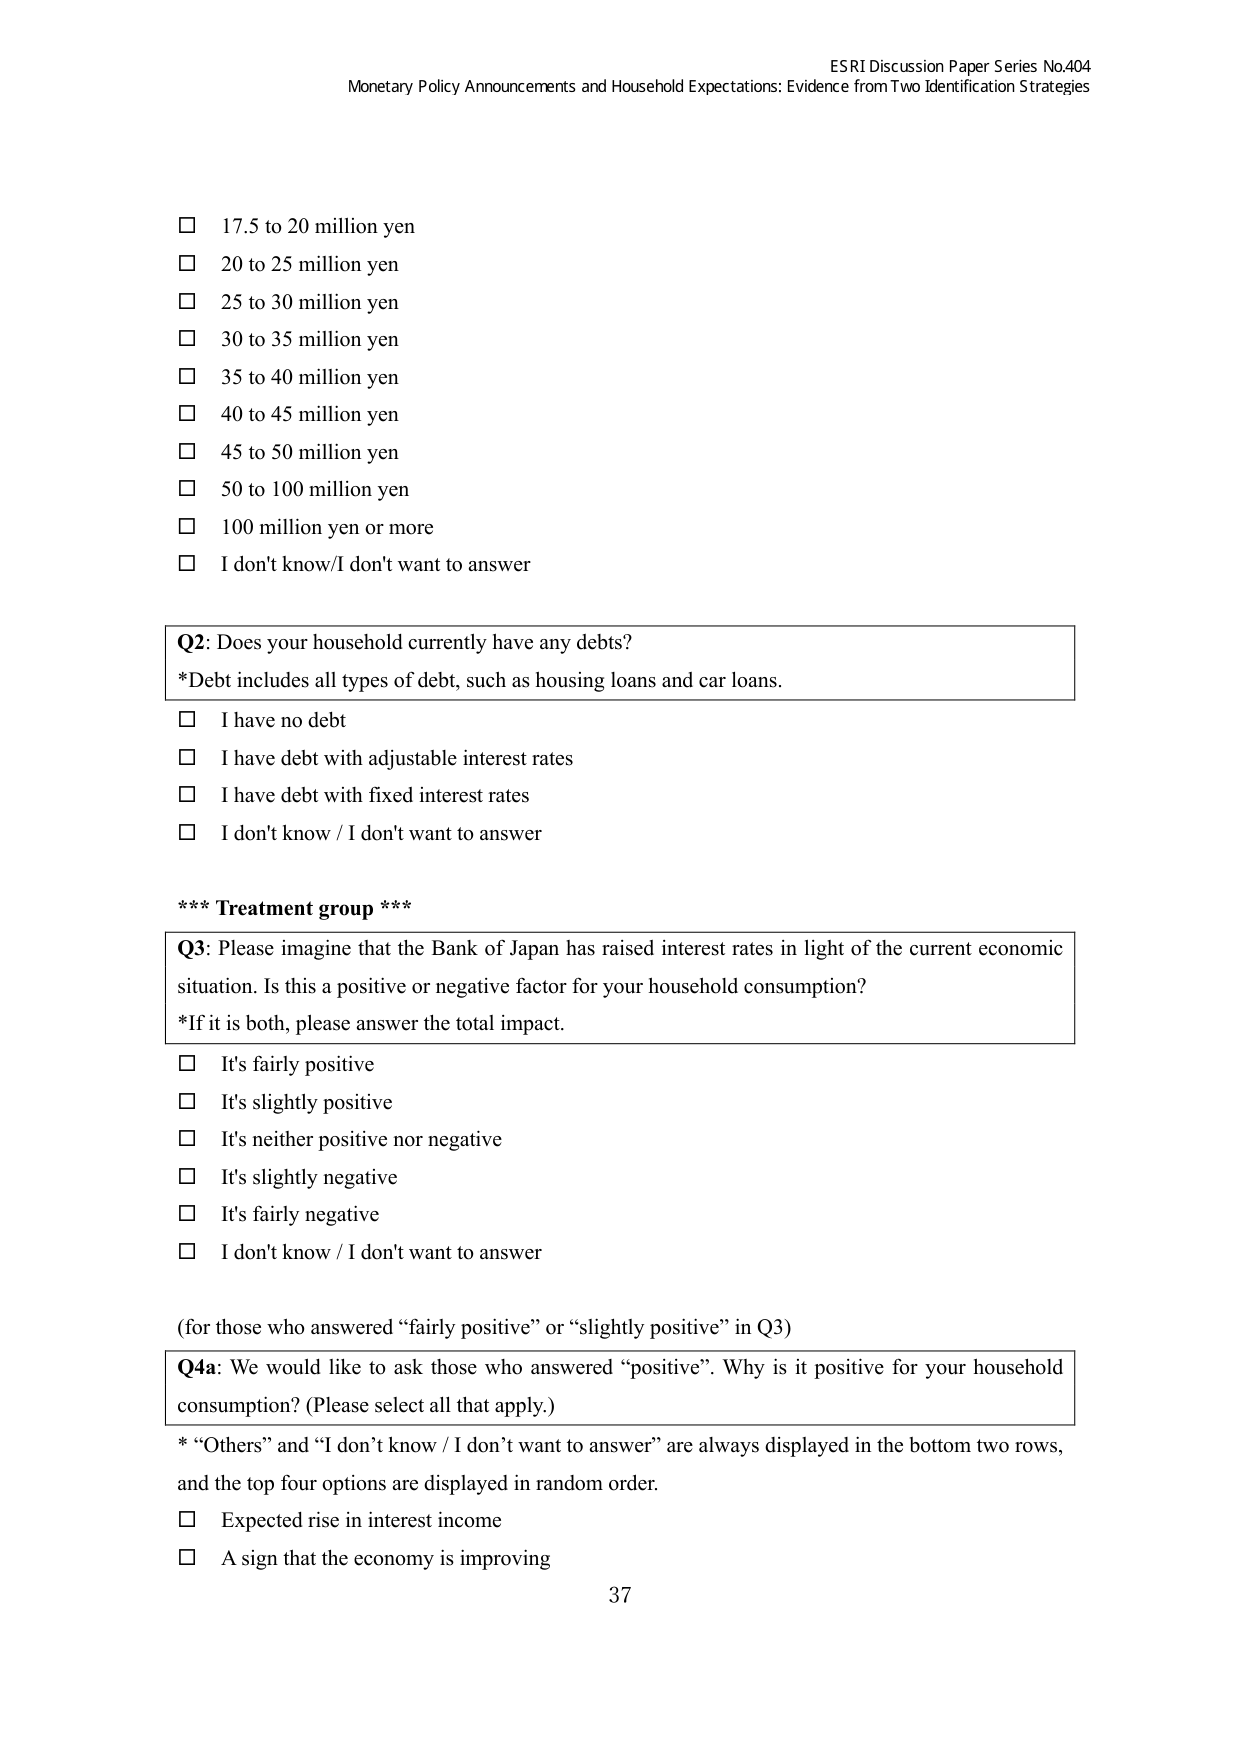
ESRI Discussion Paper Series No.404
Monetary Policy Announcements and Household Expectations: Evidence from Two Identification Strategies

□ 17.5 to 20 million yen
□ 20 to 25 million yen
□ 25 to 30 million yen
□ 30 to 35 million yen
□ 35 to 40 million yen
□ 40 to 45 million yen
□ 45 to 50 million yen
□ 50 to 100 million yen
□ 100 million yen or more
□ I don't know/I don't want to answer

Q2: Does your household currently have any debts?
*Debt includes all types of debt, such as housing loans and car loans.
□ I have no debt
□ I have debt with adjustable interest rates
□ I have debt with fixed interest rates
□ I don't know / I don't want to answer

*** Treatment group ***

Q3: Please imagine that the Bank of Japan has raised interest rates in light of the current economic situation. Is this a positive or negative factor for your household consumption?
*If it is both, please answer the total impact.
□ It's fairly positive
□ It's slightly positive
□ It's neither positive nor negative
□ It's slightly negative
□ It's fairly negative
□ I don't know / I don't want to answer

(for those who answered “fairly positive” or “slightly positive” in Q3)

Q4a: We would like to ask those who answered “positive”. Why is it positive for your household consumption? (Please select all that apply.)
* “Others” and “I don’t know / I don’t want to answer” are always displayed in the bottom two rows, and the top four options are displayed in random order.
□ Expected rise in interest income
□ A sign that the economy is improving

37